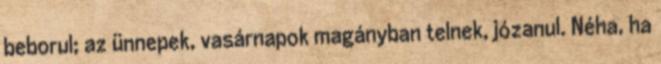
beborul; az ünnepek, vasárnapok magányban telnek, józanul. Néha, ha